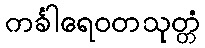
ကင်္ခါရေဝတသုတ္တံ